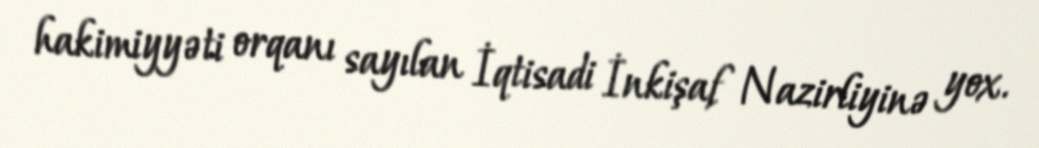
hakimiyyəti orqanı sayılan İqtisadi İnkişaf Nazirliyinə yox.